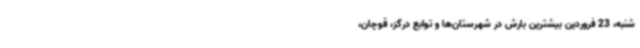
شنبه، 23 فروردین بیشترین بارش‌ در شهرستان‌ها و توابع درگز، قوچان،